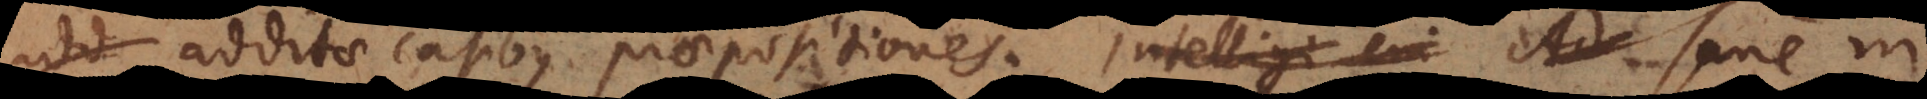
additae casibus praepositiones. Intelligi eni Ad Sane in